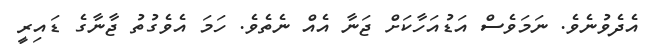
އެދެވުނެވެ. ނަމަވެސް އަޑުއަހާކަށް ޖަނާ އެއް ނެތެވެ. ހަމަ އެވެގުތު ޖާނާގެ ޑައިރީ